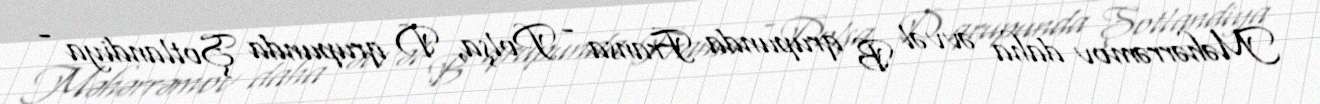
Məhərrəmov daha əvvəl B qrupunda Fransa - Polşa, D qrupunda Şotlandiya -